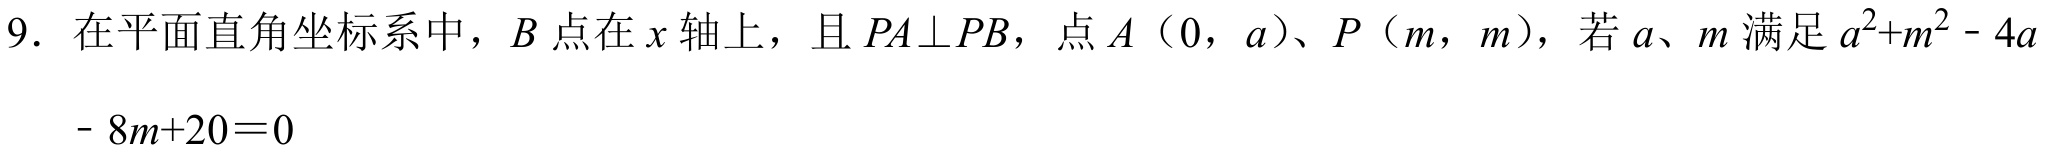
9. 在平面直角坐标系中，\(B\)点在 \(x\) 轴上，且 \(PA\perp PB\)，点 \(A（0，a）\)、\(P（m，m）\)，若 \(a\)、\(m\) 满足 \(a^{2}+m^{2}- 4a - 8m + 20 = 0\)